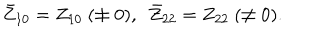
LaTeX: \bar { Z } _ { 1 0 } = Z _ { 1 0 } ~ ( \neq 0 ) , ~ ~ \bar { Z } _ { 2 2 } = Z _ { 2 2 } ~ ( \neq 0 ) .